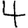
Digit: 4